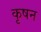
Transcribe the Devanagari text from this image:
कृषन